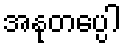
အနုတပ္ပေါ